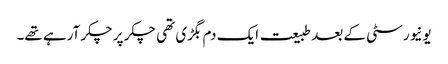
یونیورسٹی کے بعد طبیعت ایک دم بگڑی تھی چکر پر چکر آرہے تھے۔